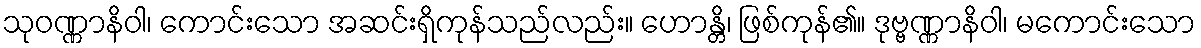
သုဝဏ္ဏာနိဝါ၊ ကောင်းသော အဆင်းရှိကုန်သည်လည်း။ ဟောန္တိ၊ ဖြစ်ကုန်၏။ ဒုဗ္ဗဏ္ဏာနိဝါ၊ မကောင်းသော